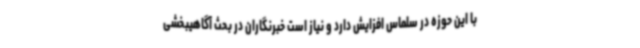
با این حوزه در سلماس افزایش دارد و نیاز است خبرنگاران در بحث آگاهیبخشی